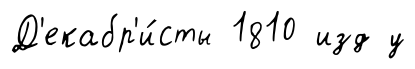
Д'екабр'и́сты 1810 изд у